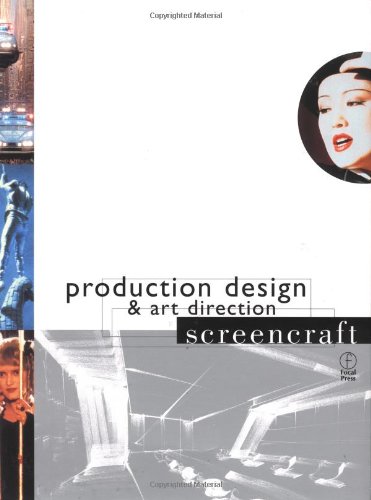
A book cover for Production Design and Art Direction (Screencraft Series); Peter Ettedgui; Humor & Entertainment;